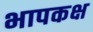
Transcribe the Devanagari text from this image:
भापकक्ष